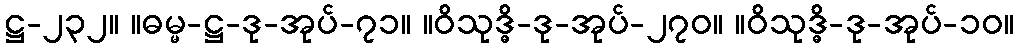
ဋ္ဌ-၂၃၂။ ။ဓမ္မ-ဋ္ဌ-ဒု-အုပ်-၇၁။ ။ဝိသုဒ္ဓိ-ဒု-အုပ်-၂၇၀။ ။ဝိသုဒ္ဓိ-ဒု-အုပ်-၁၀။